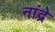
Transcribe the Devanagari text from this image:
नांद्रे